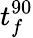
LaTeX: t_{f}^{90}